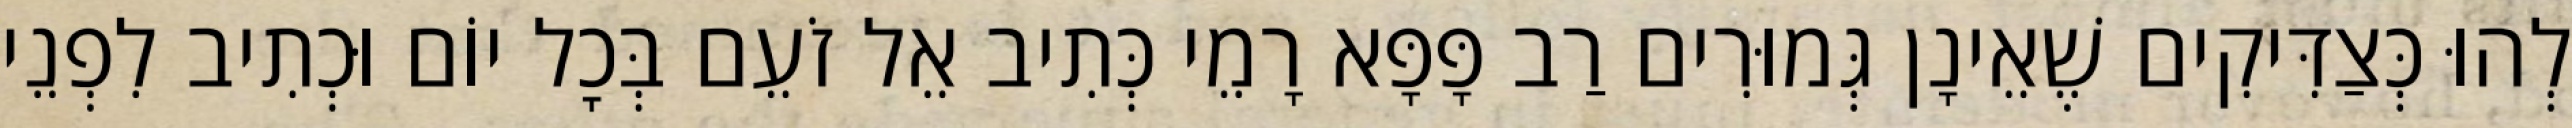
לְהוּ כְּצַדִּיקִים שֶׁאֵינָן גְּמוּרִים רַב פָּפָּא רָמֵי כְּתִיב אֵל זֹעֵם בְּכׇל יוֹם וּכְתִיב לִפְנֵי